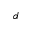
^ d